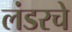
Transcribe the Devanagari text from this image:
लंडरचे